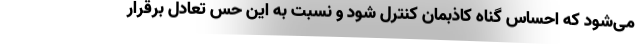
می‌شود که احساس گناه کاذبمان کنترل شود و نسبت به این حس تعادل برقرار